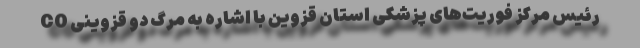
CO رئیس مرکز فوریت‌های پزشکی استان قزوین با اشاره به مرگ دو قزوینی